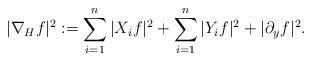
LaTeX: \begin{align*} \begin{aligned} |\nabla _{H}f|^2:=\sum_{i=1}^{n}|X_i f|^2+\sum_{i=1}^{n}|Y_i f|^2+|\partial_y f|^2. \end{aligned} \end{align*}